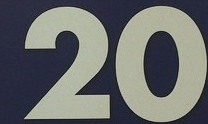
20